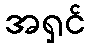
အရှင်